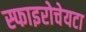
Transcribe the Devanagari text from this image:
स्फाइरोचेयटा